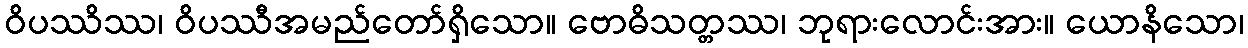
ဝိပဿိဿ၊ ဝိပဿီအမည်တော်ရှိသော။ ဗောဓိသတ္တဿ၊ ဘုရားလောင်းအား။ ယောနိသော၊